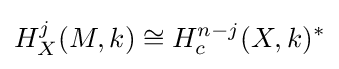
H_{X}^{j}(M,k)\cong H_{c}^{n-j}(X,k)^{*}